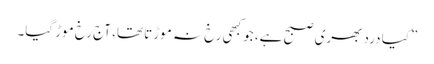
”کیا درد بھری صبح ہے، جو کبھی رخ نہ موڑتا تھا، آج رخ موڑ گیا۔